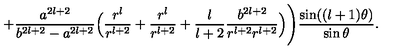
+ \frac { a ^ { 2 l + 2 } } { b ^ { 2 l + 2 } - a ^ { 2 l + 2 } } \Big ( \frac { r ^ { l } } { r ^ { l + 2 } } + \frac { r ^ { l } } { r ^ { l + 2 } } + \frac { l } { l + 2 } \frac { b ^ { 2 l + 2 } } { r ^ { l + 2 } r ^ { l + 2 } } \Big ) \Bigg ) \frac { \sin ( ( l + 1 ) \theta ) } { \sin \theta } .